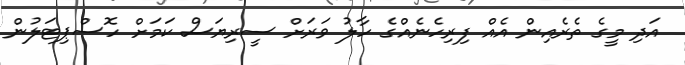
އަދި މީގެ ތެރެއިން އެއް ފިރިހެނެއްގެ ހާލު ވަރަށް ސީރިޔަސް ކަމަށް ހޮސްޕިޓަލުން